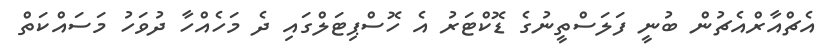
އެޗްއާރްއެޗުން ބުނީ ފަލަސްތީނުގެ ޑޮކްޓަރު އެ ހޮސްޕިޓަލްގައި ދެ މަހެއްހާ ދުވަހު މަސައްކަތް